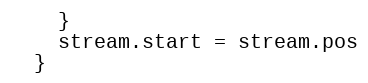
Language: JavaScript
    }
    stream.start = stream.pos
  }